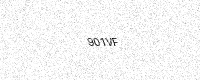
Text: 901VF